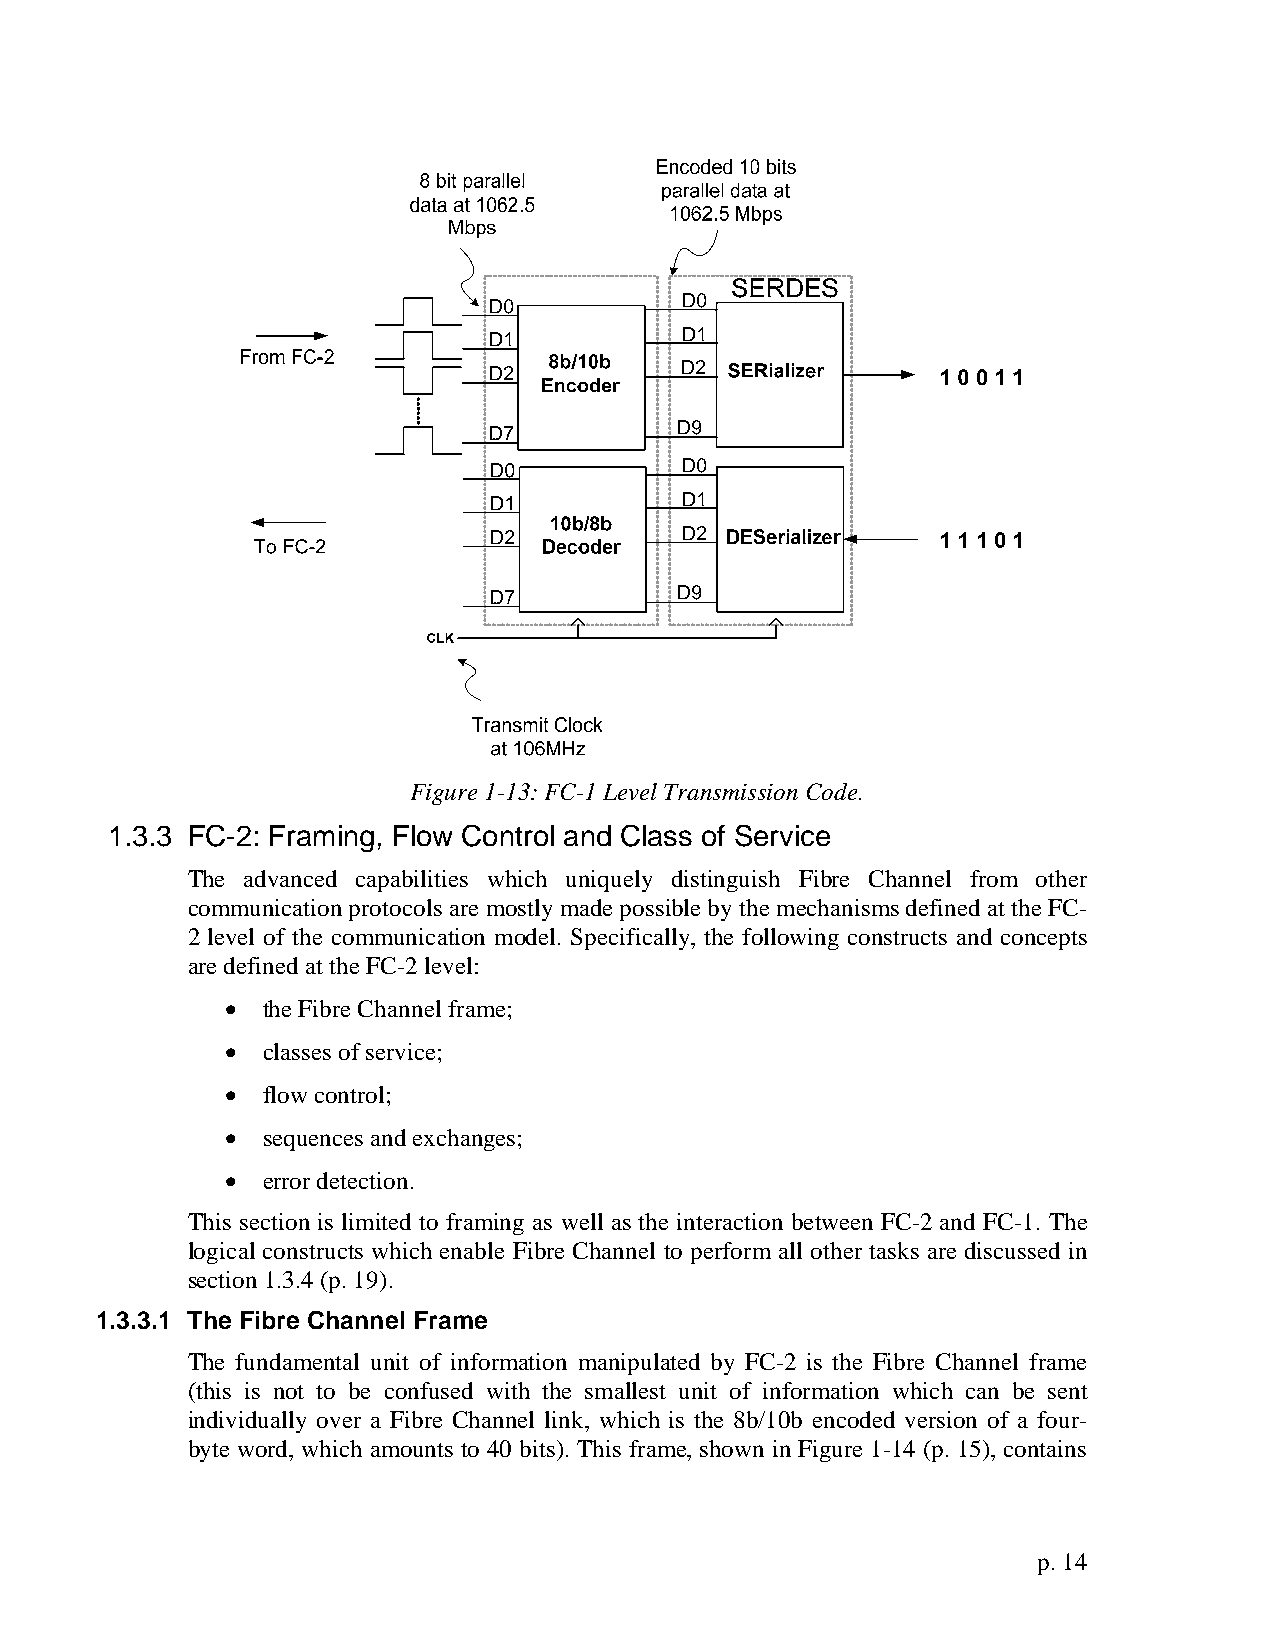
Figure 1-13: FC-1 Level Transmission Code.
 1.3.3 FC-2: Framing, Flow Control and Class of Service
 The advanced capabilities which uniquely distinguish Fibre Channel from other
 communication protocols are mostly made possible by the mechanisms defined at the FC-
 2 level of the communication model. Specifically, the following constructs and concepts
 are defined at the FC-2 level:
 • the Fibre Channel frame;
 • classes of service;
 • flow control;
 • sequences and exchanges;
 • error detection.
 This section is limited to framing as well as the interaction between FC-2 and FC-1. The
 logical constructs which enable Fibre Channel to perform all other tasks are discussed in
 section 1.3.4 (p. 19).
 1.3.3.1 The Fibre Channel Frame
 The fundamental unit of information manipulated by FC-2 is the Fibre Channel frame
 (this is not to be confused with the smallest unit of information which can be sent
 individually over a Fibre Channel link, which is the 8b/10b encoded version of a four-
 byte word, which amounts to 40 bits). This frame, shown in Figure 1-14 (p. 15), contains
 p. 14